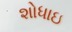
શોધાઇ